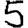
Digit: 5